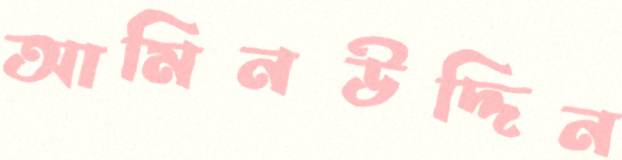
আমিনউদ্দিন